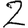
Digit: 2